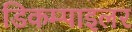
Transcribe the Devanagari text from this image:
डिकम्पाइलर